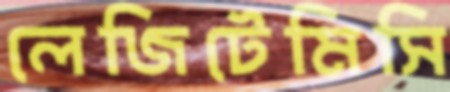
লেজিটেমিসি